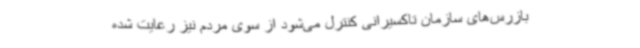
بازرس‌های سازمان تاکسیرانی کنترل می‌شود از سوی مردم نیز رعایت شده